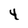
Character: 4